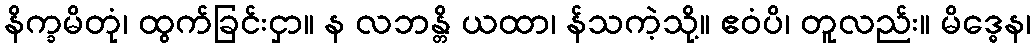
နိက္ခမိတုံ၊ ထွက်ခြင်းငှာ။ န လဘန္တိ ယထာ၊ န်သကဲ့သို့။ ဧဝံပိ၊ တူလည်း။ မိဒ္ဓေန၊